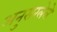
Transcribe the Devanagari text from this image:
अनुसरलेले